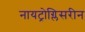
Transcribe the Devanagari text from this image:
नायट्रोग्लिसरीन